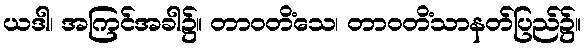
ယဒါ၊ အကြင်အခါ၌။ တာဝတိံသေ၊ တာဝတိံသာနတ်ပြည်၌။